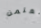
تعلمن